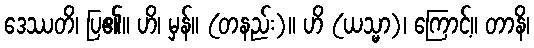
ဒေဿတိ၊ ပြ၏။ ဟိ၊ မှန်။ (တနည်း)။ ဟိ (ယသ္မာ)၊ ကြောင့်။ တာနိ၊